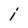
Character: i